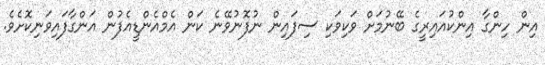
އިން ހިންގާ އިންކުއައިރީގެ ބޭނުމަށް ވަކިވަކި ސިފައިން ނުފޮނުވޭނެ ކަން އެމްއެންޑީއެފުން އަންގާފައިވަނިކޮށެވެ.